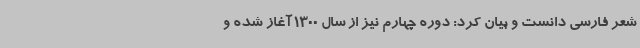
شعر فارسی دانست و بیان کرد: دوره چهارم نیز از سال 1300 آغاز شده و